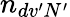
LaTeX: n_{dv^{\prime}N^{\prime}}